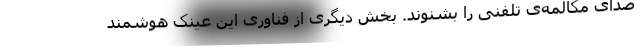
صدای مکالمه‌ی تلفنی را بشنوند. بخش دیگری از فناوری این عینک هوشمند